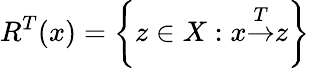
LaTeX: R^{T}{(x)}=\left\{ z\in X:x{\overset{T}{\rightarrow}}z\right\}